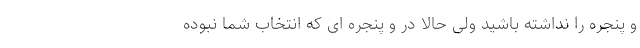
و پنجره را نداشته باشید ولی حالا در و پنجره ای که انتخاب شما نبوده